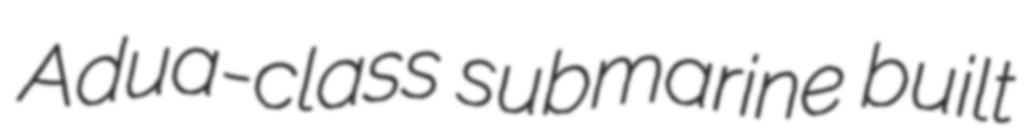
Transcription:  Adua-class submarine built